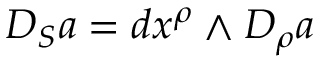
{ \cal { D } } _ { S } a = d x ^ { \rho } \wedge D _ { \rho } a